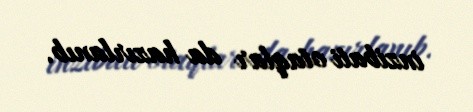
inzibati otaqlar da hazırlanıb.